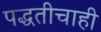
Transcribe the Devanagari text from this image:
पद्धतीचाही